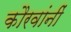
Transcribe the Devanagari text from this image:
कौरवांनीं